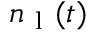
n _ { \mathrm { ~ l ~ } } ( t )